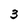
Character: 3